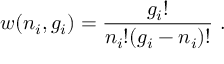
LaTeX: w ( n _ { i } , g _ { i } ) = { \frac { g _ { i } ! } { n _ { i } ! ( g _ { i } - n _ { i } ) ! } } \ .